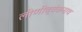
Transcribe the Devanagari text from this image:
लोणीव्यंकनाथ